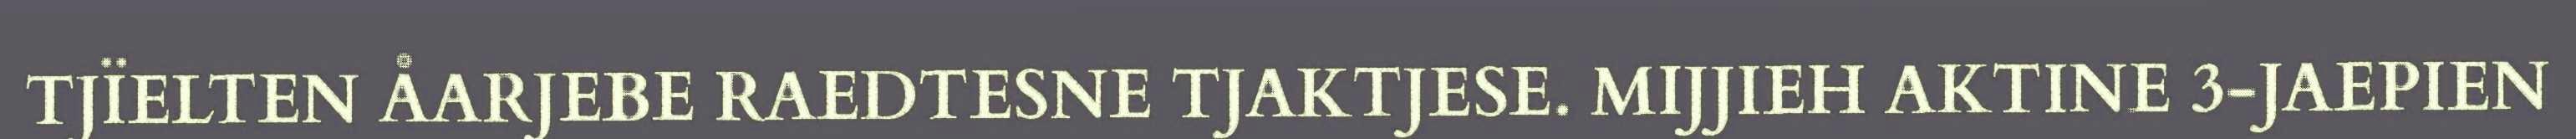
TJÏELTEN ÅARJEBE RAEDTESNE TJAKTJESE. MIJJIEH AKTINE 3-JAEPIEN